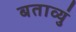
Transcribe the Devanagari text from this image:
बताव्युं